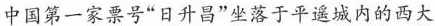
中国第一家票号”日升昌”坐落于平遥城内的西大